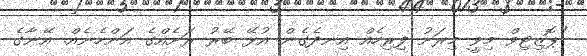
"ޕޮޒިޓިވް މިވީ މިރަށު ފިރިހެއް އިނދެގެން އުޅޭ ބޭރު ރަށެއްގެ އަންހެނެއް. އޭނާގެ